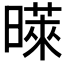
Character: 𪱉